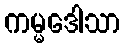
ကမ္မဒေါသာ